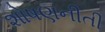
શોષણનીતી